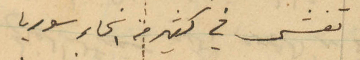
تفشى في كثير من انحاء سوريا